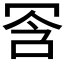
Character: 𫤺